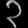
Digit: ၃